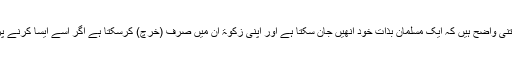
خرچ کی یہ مدات اتنی واضح ہیں کہ ایک مسلمان بذاتِ خود انھیں جان سکتا ہے اور اپنی زکوٰۃ ان میں صرف (خرچ) کرسکتا ہے اگر اُسے ایسا کرنے پر مجبور ہونا پڑے۔